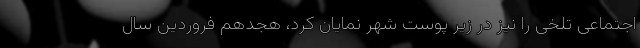
اجتماعی تلخی را نیز در زیر پوست شهر نمایان کرد، هجدهم فروردین سال